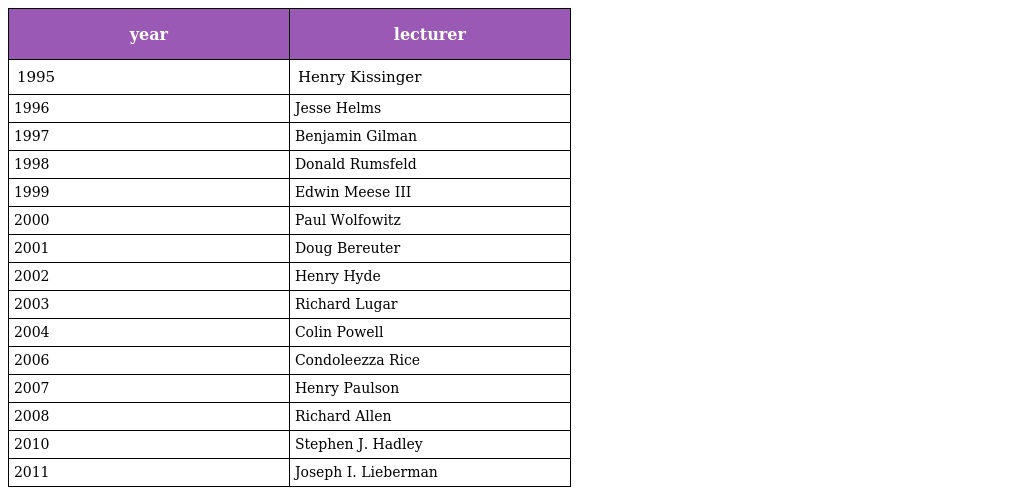
| year | lecturer |
 | --- | --- |
 | 1995 | Henry Kissinger |
 | 1996 | Jesse Helms |
 | 1997 | Benjamin Gilman |
 | 1998 | Donald Rumsfeld |
 | 1999 | Edwin Meese III |
 | 2000 | Paul Wolfowitz |
 | 2001 | Doug Bereuter |
 | 2002 | Henry Hyde |
 | 2003 | Richard Lugar |
 | 2004 | Colin Powell |
 | 2006 | Condoleezza Rice |
 | 2007 | Henry Paulson |
 | 2008 | Richard Allen |
 | 2010 | Stephen J. Hadley |
 | 2011 | Joseph I. Lieberman |